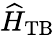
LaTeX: \widehat{H}_{\mathrm{TB}}